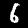
Digit: 6